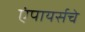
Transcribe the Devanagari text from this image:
एंपायर्सचे